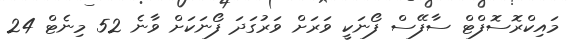
މައިކްރޮސޮފްޓް ސާފޭސް ފޯނަކީ ވަރަށް ވަރުގަދަ ފޯނަކަށް ވާނެ 52 މިނެޓް 24